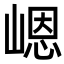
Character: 𪩊